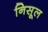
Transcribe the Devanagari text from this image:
निसूल